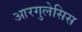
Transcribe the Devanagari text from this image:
आरगुलेसिस